Indian journal of veterinary science and animal husbandry - Volumes 22-23, 1952-1953
Year: 1952
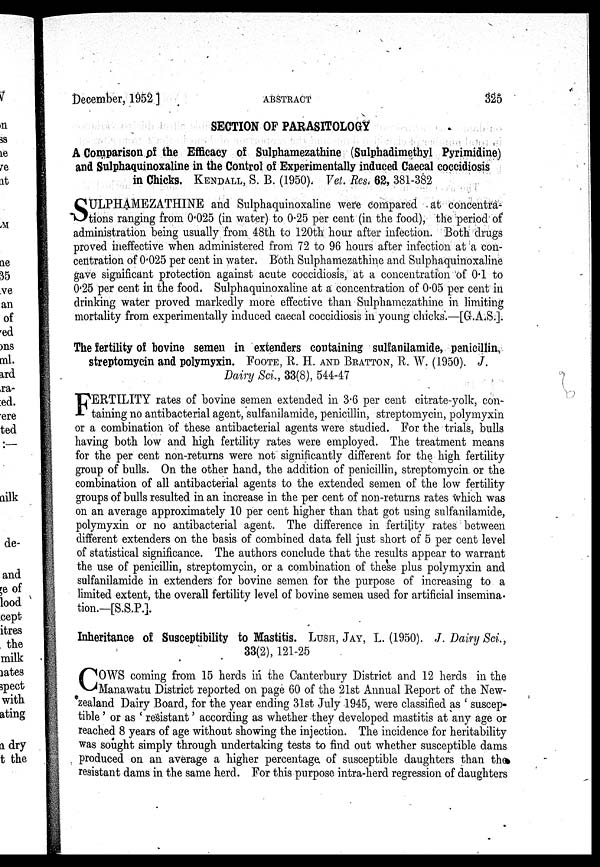
December, 1952 ]
ABSTRACT
325
SECTION OF PARASITOLOGY
A Comparison of the Efficacy of Sulphamezathine (Sulphadimethyl Pyrimidine)
and Sulphaquinoxaline in the Control of Experimentally induced Caecal coccidiosis
in Chicks. KENDALL, S. B. (1950). Vet. Res. 62, 381-382
SULPHAMEZATHINE and Sulphaquinoxaline were compared at concentra-
tions ranging from 0.025 (in water) to 0.25 per cent (in the food), the period of
administration being usually from 48th to 120th hour after infection. Both drugs
proved ineffective when administered from 72 to 96 hours after infection at a con-
centration of 0.025 per cent in water. Both Sulphamezathine and Sulphaquinoxaline
gave significant protection against acute coccidiosis, at a concentration of 0.1 to
0.25 per cent in the food. Sulphaquinoxaline at a concentration of 0.05 per cent in
drinking water proved markedly more effective than Sulphamezathine in limiting
mortality from experimentally induced caecal coccidiosis in young chicks.—[G.A.S.].
The fertility of bovine semen in extenders containing sulfanilamide, penicillin,
streptomycin and polymyxin. FOOTE, R. H. AND BRATTON, R. W. (1950). J.
Dairy Sci., 33(8), 544-47
F ERTILITY rates of bovine semen extended in 3.6 per cent citrate-yolk, con-
taining no antibacterial agent, sulfanilamide, penicillin, streptomycin, polymyxin
or a combination of these antibacterial agents were studied. For the trials, bulls
having both low and high fertility rates were employed. The treatment means
for the per cent non-returns were not" significantly different for the high fertility
group of bulls. On the other hand, the addition of penicillin, streptomycin or the
combination of all antibacterial agents to the extended semen of the low fertility
groups of bulls resulted in an increase in the per cent of non-returns rates which was
on an average approximately 10 per cent higher than that got using sulfanilamide,
polymyxin or no antibacterial agent. The difference in fertility rates between
different extenders on the basis of combined data fell just short of 5 per cent level
of statistical significance. The authors conclude that the results appear to warrant
the use of penicillin, streptomycin, or a combination of these plus polymyxin and
sulfanilamide in extenders for bovine semen for the purpose of increasing to a
limited extent, the overall fertility level of bovine semen used for artificial insemina-
tion.—[S.S.P.].
Inheritance of Susceptibility to Mastitis. LUSH, JAY, L. (1950). J. Dairy Sci.,
33(2), 121-25
C OWS coming from 15 herds in the Canterbury District and 12 herds in the
Manawatu District reported on page 60 of the 21st Annual Report of the New-
zealand Dairy Board, for the year ending 31st July 1945, were classified as ' suscep-
tible ' or as ' resistant ' according as whether they developed mastitis at any age or
reached 8 years of age without showing the injection. The incidence for heritability
was sought simply through undertaking tests to find out whether susceptible dams
produced on an average a higher percentage of susceptible daughters than the
resistant dams in the same herd. For this purpose intra-herd regression of daughters